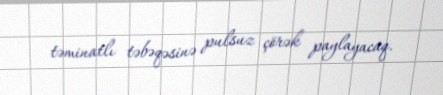
təminatlı təbəqəsinə pulsuz çörək paylayacaq.